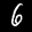
Label: 6